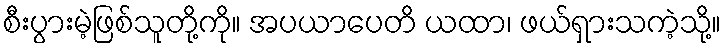
စီးပွားမဲ့ဖြစ်သူတို့ကို။ အပယာပေတိ ယထာ၊ ဖယ်ရှားသကဲ့သို့။